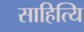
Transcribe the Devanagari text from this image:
साहित्यि